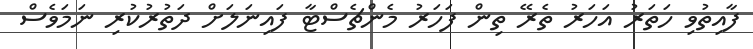
ފާއިތުވި ހަތަރު އަހަރު ތެރޭ ތިން ފަހަރު މެންޗެސްޓާ ފައިނަލަށް ދަތުރުކުރި ނަމަވެސް